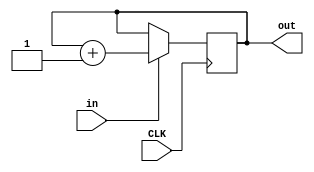
module counter(in,out,CLK);
    input wire in,CLK;
    output wire [3:0]out;
    reg [3:0]count = 4'b0000;

    assign out = count;
    always@(posedge CLK)
        begin
            if(in == 1)
                begin
                        count = count + 4'b0001;
                end
        end
        
endmodule